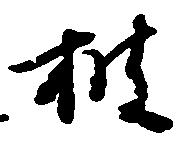
披